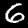
Label: 6